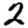
Digit: 2